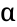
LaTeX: \upalpha